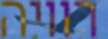
רוויה